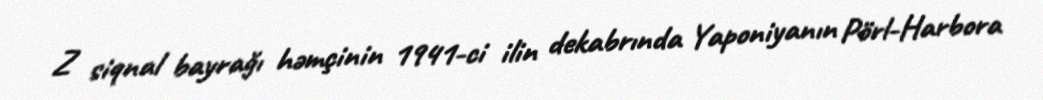
Z siqnal bayrağı həmçinin 1941-ci ilin dekabrında Yaponiyanın Pörl-Harbora